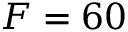
F = 6 0